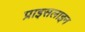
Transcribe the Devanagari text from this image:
प्राइसलाइन